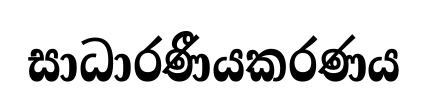
සාධාරණීයකරණය